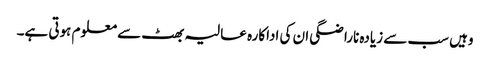
وہیں سب سے زیادہ ناراضگی ان کی اداکارہ عالیہ بھٹ سے معلوم ہوتی ہے۔